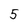
Character: 5